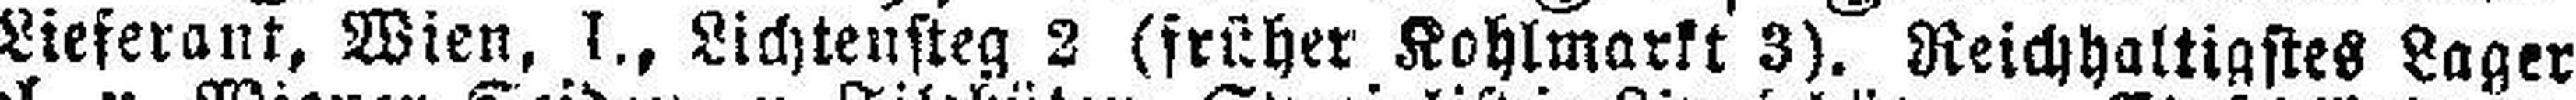
Lieferant, Wien, I., Lichtensteg 2 (früher Kohlmarkt 3). Reichhaltigstes Lager